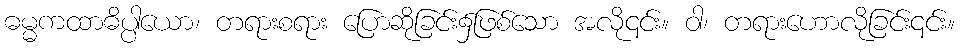
ဓမ္မကထာဓိပ္ပါယော၊ တရားစရား ပြောဆိုခြင်း၌ဖြစ်သော အလို၎င်း။ ဝါ၊ တရားဟောလိုခြင်း၎င်း။